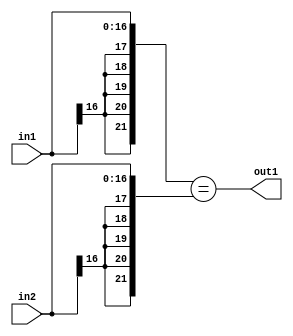
`timescale 1ps / 1ps
/*****************************************************************************
    Verilog RTL Description
    
    
    Created by: Stratus DpOpt 2019.1.01 
*******************************************************************************/

module st_feature_addr_gen_Equal_17Sx17S_1U_4_4 (
	in2,
	in1,
	out1
	); /* architecture "behavioural" */ 
input [16:0] in2,
	in1;
output  out1;
wire  asc001;

assign asc001 = ({{5{in1[16]}}, in1}=={{5{in2[16]}}, in2});

assign out1 = asc001;
endmodule

/* CADENCE  ubP5Sg0= : u9/ySgnWtBlWxVPRXgAZ4Og= ** DO NOT EDIT THIS LINE ******/